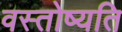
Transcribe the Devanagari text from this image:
वस्तोष्यति